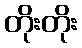
တိုးတိုး